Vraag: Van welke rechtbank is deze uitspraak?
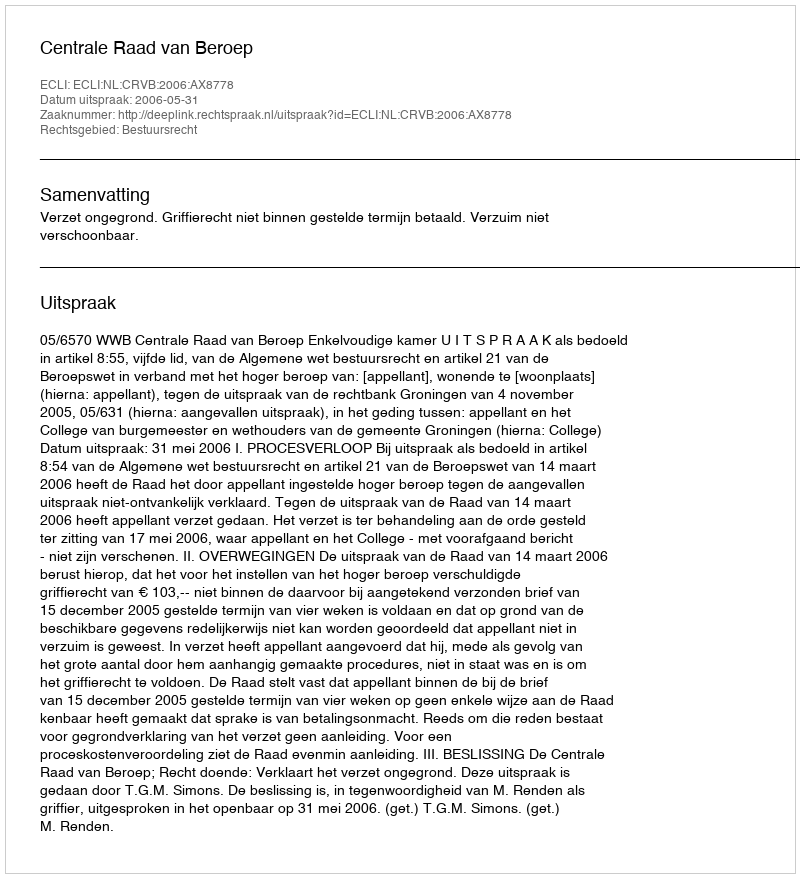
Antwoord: Centrale Raad van Beroep